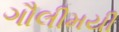
ગૌલીમયી